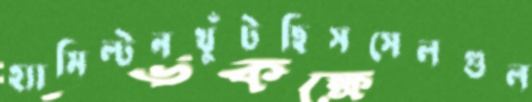
হ্যামিল্টনখুঁটছিসসেলগুল